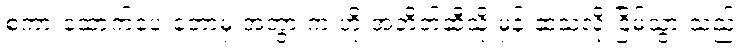
စကားထောက်ပေးတော့မှ အဘွားက ဟိုးအတိတ်ဆီသို့ မှန်းဆသလို ငြိမ်သွားသည်။